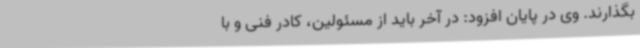
بگذارند. وی در پایان افزود: در آخر باید از مسئولین، کادر فنی و با